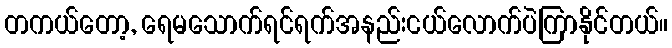
တကယ်တော့, ရေမသောက်ရင်ရက်အနည်းငယ်လောက်ပဲကြာနိုင်တယ်။